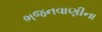
ભજનવાણીના